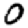
Digit: 0